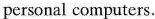
personal computers.